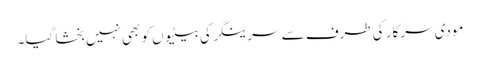
مودی سرکار کی طرف سے سرینگر کی بیٹیوں کو بھی نہیں بخشا گیا۔